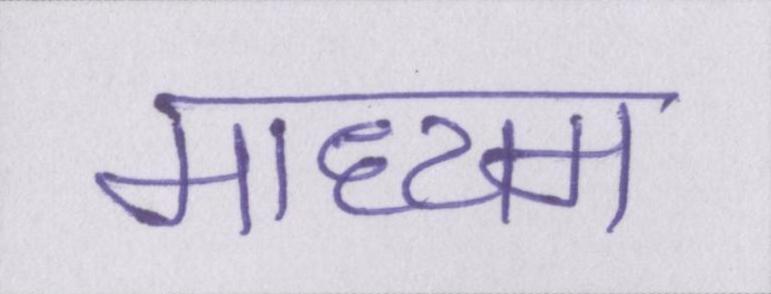
माध्यम